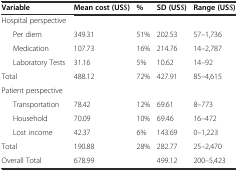
| <COLSPAN=2> Variable | Mean cost (US$) | % | SD (US$) | Range (US$) |
 | --- | --- | --- | --- | --- | --- |
 | <COLSPAN=2> Hospital perspective |  |  |  |  |
 |  | Per diem | 349.31 | 51% | 202.53 | 57–1,736 |
 |  | Medication | 107.73 | 16% | 214.76 | 14–2,787 |
 |  | Laboratory Tests | 31.16 | 5% | 10.62 | 14–92 |
 | <COLSPAN=2> Total | 488.12 | 72% | 427.91 | 85–4,615 |
 | <COLSPAN=2> Patient perspective |  |  |  |  |
 |  | Transportation | 78.42 | 12% | 69.61 | 8–773 |
 |  | Household | 70.09 | 10% | 69.46 | 16–472 |
 |  | Lost income | 42.37 | 6% | 143.69 | 0–1,223 |
 | <COLSPAN=2> Total | 190.88 | 28% | 282.77 | 25–2,470 |
 | <COLSPAN=2> Overall Total | 678.99 |  | 499.12 | 200–5,423 |